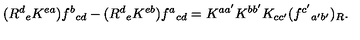
( R ^ { d } { } _ { e } K ^ { e a } ) f ^ { b } { } _ { c d } - ( R ^ { d } { } _ { e } K ^ { e b } ) f ^ { a } { } _ { c d } = K ^ { a a ^ { \prime } } K ^ { b b ^ { \prime } } K _ { c c ^ { \prime } } ( f ^ { c ^ { \prime } } { } _ { a ^ { \prime } b ^ { \prime } } ) _ { R } .